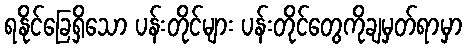
ရနိုင်ခြေရှိသော ပန်းတိုင်များ ပန်းတိုင်တွေကိုချမှတ်ရာမှာ